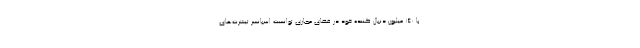
با 140 میلیون دنبال کننده خود در فضای مجازی توانست اسپانسر تیشرت‌های